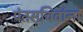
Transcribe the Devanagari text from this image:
पंतसचिवांना